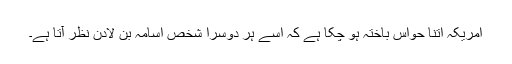
امریکہ اتنا حواس باختہ ہو چکا ہے کہ اسے ہر دوسرا شخص اسامہ بن لادن نظر آتا ہے۔